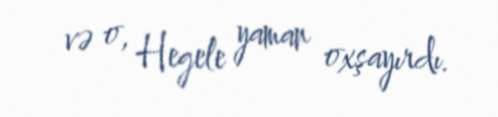
və o, Hegele yaman oxşayırdı.